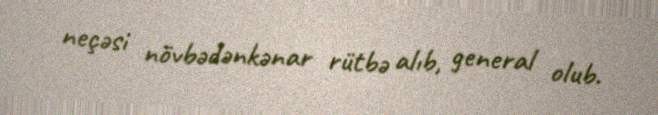
neçəsi növbədənkənar rütbə alıb, general olub.